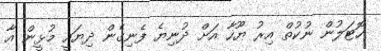
ހޮޓަލުން ނުކުތް އިރު ޔޫހާ އަށް ދުނިޔެ ފެނިގެން ދިޔައީ މުޅީން އާ